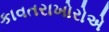
કાવતરાખોરોએ